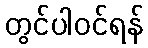
တွင်ပါဝင်ရန်